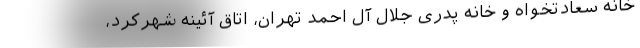
خانه سعادتخواه و خانه پدری جلال آل احمد تهران، اتاق آئینه شهرکرد،